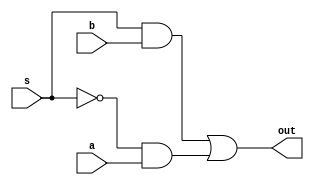
module mux21(a,b,out,s);
	input a, b, s;
	output out;
	
	wire out1, out2, m;
	
	not n1(m,s);
	and a1(out1,s,b);
	and a2(out2,m,a);
	or o1(out,out1,out2);
	

endmodule